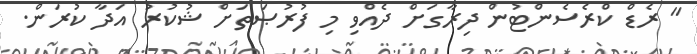
" ރެޑް ކްރެސެންޓުން ދިރާގަށް ދެއްވި މި ފުރުޞަތަށް ޝުކުރު އަދާ ކުރަން.